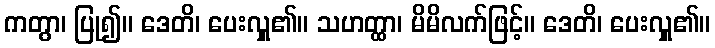
ကတွာ၊ ပြု၍။ ဒေတိ၊ ပေးလှူ၏။ သဟတ္ထာ၊ မိမိလက်ဖြင့်။ ဒေတိ၊ ပေးလှူ၏။